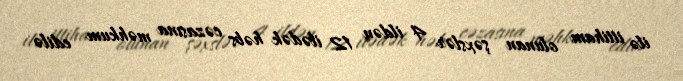
ilə ittiham olunan şəxslər 4 ildən 12 ilədək həbs cəzasına məhkum edilə